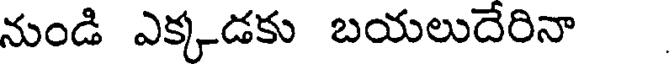
నుండి ఎక్కడకు బయలుదేరినా